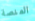
المنصة